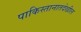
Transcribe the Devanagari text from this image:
पाकिस्तानातदेखील